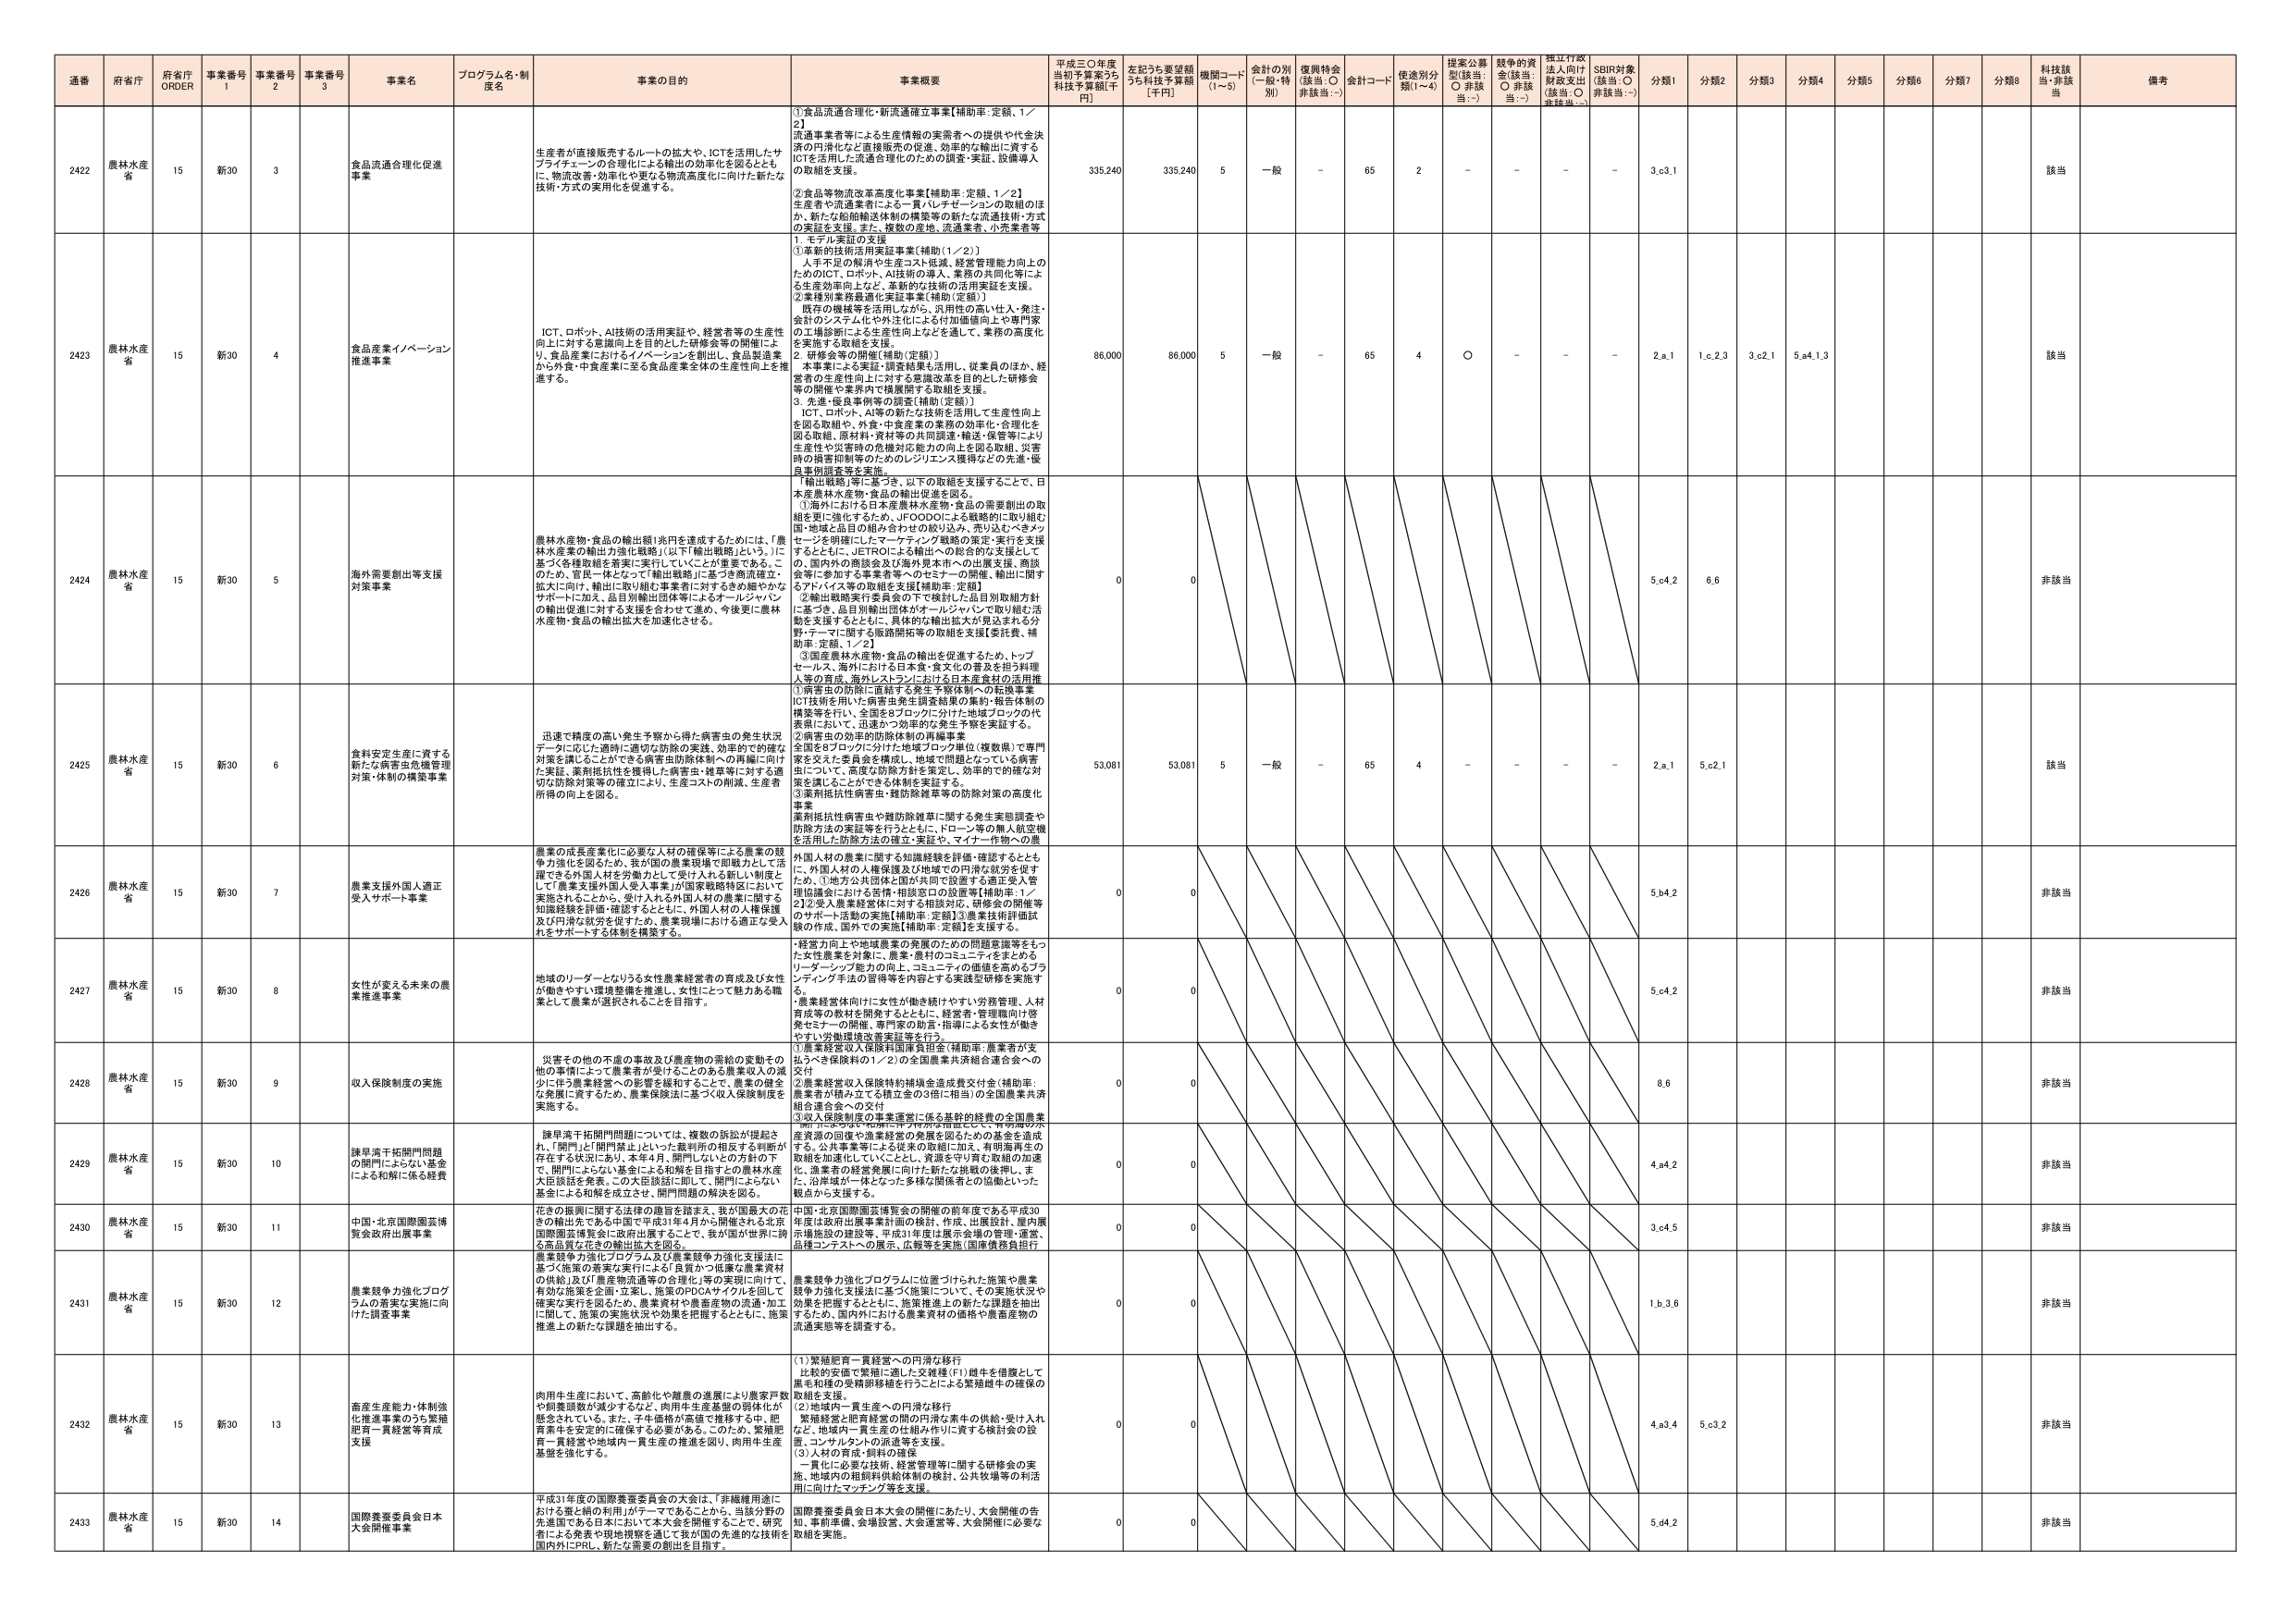
通番 府省庁 府省庁 ORDER 事業番号 1 事業番号 2 事業番号 3 事業名 プログラム名・制度名 事業の目的 事業概要 平成三〇年度当初予算案うち 科技予算額[千円] 左記うち要望額うち科技予算額 [千円] 機関コード (1～5) 会計の別 (一般・特別) 復興特会 (該当：○ 非該当：-) 会計コード 使途別分類(1～4) 提案公募型(該当：○ 非該当：-) 競争的資金(該当：○ 非該当：-) 独立行政法人向け財政支出(該当：○ 非該当：-) SDBR対象(該当：○ 非該当：-) 分類1 分類2 分類3 分類4 分類5 分類6 分類7 分類8 科技該当 非該当 備考

2422 農林水産省 15 新30 3 食品流通合理化促進事業 生産者が直接販売するルートの拡大や、ICTを活用したサプライチェーンの合理化による輸出の効率化を図るとともに、物流改革・効率化や更なる物流高度化に向けた新たな技術・方式の実用化を促進する。 ①食品流通合理化・新流通確立事業[補助率：定額、1／2] 流通業者等による生産情報の実需者への提供や代金決済の円滑化など直接販売の促進、効率的な輸出に資するICTを活用した流通合理化のための調査・実証、設備導入の取組を支援。 ②食品等物流改革高度化事業[補助率：定額、1／2] 生産者や流通業者による一貫・ルチェーンの取組のほか、新たな船舶輸送体制の構築等の新たな流通技術・方式の実証を支援。また、複数の産地、流通業者、小売業者等 335,240 335,240 5 一般 - 65 2 - - - - 3.c3.1 該当

2423 農林水産省 15 新30 4 食品産業イノベーション推進事業 ICT、ロボット、AI技術の活用実証や、経営者等の生産性向上に対する意識向上を目的とした研修会等の開催により、食品産業におけるイノベーションを創出し、食品製造業から外食・中食産業に至る食品産業全体の生産性向上を推進する。 1．モデル実証の支援 ①革新的技術活用実証事業[補助(1／2)] 人手不足の解消や生産コスト低減、経営管理能力向上のためのICT、ロボット、AI技術の導入、業務の共同化等による生産効率向上など、革新的な技術の活用実証を支援。 ②業種別業務最適化実証事業[補助(定額)] 既存の機械等を活用しながら、汎用性の高い仕入・発注・会計のシステム化や外注化による付加価値向上や専門家の工場診断による生産性向上などを通して、業務の高度化を実施する取組を支援。 2．研修会等の開催[補助(定額)] 本事業による実証・調査結果を活用し、従業員のほか、経営者の生産性向上に対する意識改革を目的とした研修会等の開催や業界内で横展開する取組を支援。 3．先進・優良事例等の調査[補助(定額)] ICT、ロボット、AI等の新たな技術を活用して生産性向上を図る取組や、外食・中食産業の業務の効率化・合理化を図る取組、原材料・資材等の共同調達・輸送・保管等により生産性や災害時の危機対応能力の向上を図る取組、災害時の損害抑制等のためのレジリエンス獲得などの先進・優良事例調査等を実施。 86,000 86,000 5 一般 - 65 4 ○ - - - 2.a.1 1.c.2.3 3.c.2.1 5.a4.1.3 該当

2424 農林水産省 15 新30 5 海外需要創出等支援対策事業 農林水産物・食品の輸出額1兆円を達成するためには、「農林水産業の輸出力強化戦略」（以下「輸出戦略」という。）に基づく各種取組を着実に実行していくことが重要である。このため、官民一体となって「輸出戦略」に基づき商流確立・拡大に向け、輸出に取り組む事業者に対するきめ細やかなサポートに加え、品目別輸出団体等によるオールジャパンの輸出促進に対する支援を合わせて進め、今後更に農林水産物・食品の輸出拡大を加速させる。 「輸出戦略」等に基づき、以下の取組を支援することで、日本産農林水産物・食品の輸出促進を図る。 ①海外における日本産農林水産物・食品の需要創出の取組を更に強化するため、UFOODOによる戦略的に取り組む国・地域と品目の組み合わせの絞り込み、売り込むべきメッセージを明確にしたマーケティング戦略の策定・実行を支援するとともに、JETROによる輸出への総合的な支援としての、国内外の商談会及び海外見本市への出展支援、商談会等に参加する事業者等へのセミナーの開催、輸出に関するアドバイス等の取組を支援[補助率：定額] ②輸出戦略実行委員会の下で検討した品目別取組方針に基づき、品目別輸出団体がオールジャパンで取り組む活動を支援するとともに、具体的な輸出拡大が見込まれる分野・テーマに関する販路開拓等の取組を支援[委託費、補助率：定額、1／2] ③国産農林水産物・食品の輸出を促進するため、トップセールス、海外における日本食・食文化の普及を担う料理人等の育成、海外レストランにおける日本産食材の活用推 0 0 5.0.4.2 6.6 非該当

2425 農林水産省 15 新30 6 食料安定生産に資する新たな病害虫危機管理対策・体制の構築事業 迅速で精度の高い発生予察から得た病害虫の発生状況データに応じた適時に適切な防除の実践、効率的で的確な対策を講じることができる病害虫防除体制への再編に向けた実証、薬剤抵抗性を獲得した病害虫・雑草等に対する適切な防除対策等の確立により、生産コストの削減、生産者所得の向上を図る。 ①病害虫の防除に直結する発生予察体制への転換事業 ICT技術を用いた病害虫発生調査結果の集約・報告体制の構築等を行い、全国を8ブロックに分けた地域ブロックの代表等において、迅速かつ効率的な発生予察を実証する。 ②病害虫の効率的防除体制の再編事業 全国を8ブロックに分けた地域ブロック単位（複数県）で専門家を交えた委員会を構成し、地域で問題となっている病害虫について、高度な防除方針を策定し、効率的で的確な対策を講じることができる体制を実証する。 ③薬剤抵抗性病害虫・雑防除雑草等の防除対策の高度化事業 薬剤抵抗性病害虫や雑防除雑草に関する発生実態調査や防除方法の実証等を行うとともに、ドローン等の無人航空機を活用した防除方法の確立・実証や、マイナー作物への薬 53,081 53,081 5 一般 - 65 4 - - - - 2.a.1 5.c2.1 該当

2426 農林水産省 15 新30 7 農業支援外国人適正受入サポート事業 農業の成長産業化に必要な人材の確保等による農業の競争力強化を図るため、我が国の農業現場で即戦力として活躍できる外国人材を労働力として受け入れる新しい制度として「農業支援外国人受入事業」が国家戦略特区において実施されることから、受け入れる外国人材の農業に関する知識経験を評価・確認するとともに、外国人材の人権保護及び円滑な就労を促すため、農業現場における適正な受入れをサポートする体制を構築する。 外国人材の農業に関する知識経験を評価・確認するとともに、外国人材の人権保護及び地域での円滑な就労を促すため、①地方公共団体と国が共同で設置する適正受入管理協議会における苦情・相談窓口の設置等[補助率：1／2]②受入農業経営者に対する相談対応、研修会の開催等のサポート活動の実施[補助率：定額]③農業技術評価試験の作成、国への提案[補助率：定額]を支援する。 0 0 5.b4.2 非該当

2427 農林水産省 15 新30 8 女性が変わる未来の農業推進事業 地域のリーダーとなりうる女性農業経営者の育成及び女性が働きやすい環境整備を推進し、女性にとって魅力ある職業として農業が選択されることを目指す。 「経営力向上や地域農業の発展のための問題意識等をもった女性農業者を対象に、農業・農村のコミュニティをまとめるリーダーシップ能力の向上、コミュニティの価値を高めるブランディング手法の習得等を内容とする実践型研修を実施する。 農業経営体向けに女性が働き続けやすい労務管理、人材育成等の教材を開発するとともに、経営者・管理職向け啓発セミナーの開催、専門家の助言・指導による女性が働きやすい労働環境改善実証等を行う。 0 0 5.c4.2 非該当

2428 農林水産省 15 新30 9 収入保険制度の実施 災害その他の不慮の事故及び農産物の需給の変動その他の事情によって農業者が受けとることのある農業収入の減少に伴う農業経営への影響を緩和することで、農業の健全な発展に資するため、農業保険法に基づく収入保険制度を実施する。 ①農業経営収入保険料国庫負担金（補助率：農業者が支払うべき保険料の1／2）の全国農業共済組合連合会への交付 ②農業経営収入保険特約補填金造成費交付金（補助率：農業者が積み立てる積立金の3倍に相当）の全国農業共済組合連合会への交付 ③収入保険制度の事業運営に係る基幹的経費の全国農業 0 0 8.6 非該当

2429 農林水産省 15 新30 10 諫早湾干拓閉門問題の関門にさらない基金による和解に係る経費 諫早湾干拓閉門問題については、複数の訴訟が提起され、「閉門」と「開門禁止」といった裁判所の相反する判断が存在する状況にあり、本年4月、閉門しないとの方針の下で、閉門によらない基金による和解を目指すとの農林水産大臣談話を発表。この大臣談話に即して、閉門にさらない基金による和解を成立させ、閉門問題の解決を図る。 「閉門にさらない基金」に伴う特別な措置として、特別の水産資源の回復や漁業経営の発展を図るための基金を造成する。公共事業等による従来の取組に加え、有明海再生の取組を加速化していくことと、資源を守り育む取組の加速化、漁業者の経営発展に向けた新たな挑戦の後押し、また、沿岸域が一体となった多様な関係者の協働といった観点から支援する。 0 0 4.a4.2 非該当

2430 農林水産省 15 新30 11 中国・北京国際園芸博覧会政府出展事業 花きの振興に関する法律の趣旨を踏まえ、我が国最大の花きの輸出先である中国が1年4月から開催される北京国際園芸博覧会に政府出展することで、我が国が世界に誇る高品質な花きの輸出拡大を図る。 中国・北京国際園芸博覧会の開催の前年度である平成30年度は政府出展事業計画の検討、作成、出展設計、屋内展示場施設の建設等、平成31年度は展示会場の管理・運営、品種コンテストへの展示、広報等を実施（国庫債務負担行 0 0 3.c4.5 非該当

2431 農林水産省 15 新30 12 農業競争力強化プログラムの着実な実施に向けた調査事業 農業競争力強化プログラム及び農業競争力強化支援法に基づく施策の着実な実行による「良質かつ低廉な農業資材の供給」及び「農産物流通等の合理化」等の実現に向けて、有効な施策を企画・立案し、施策のPDCAサイクルを回して確実な実行を図るため、農業資材や農畜産物の流通・加工に関して、施策の実施状況や効果を把握するとともに、施策推進上の新たな課題を抽出する。 農業競争力強化プログラムに位置づけられた施策や農業競争力強化支援法に基づく施策について、その実施状況や効果を把握するとともに、施策推進上の新たな課題を抽出するため、国内外における農業資材の価格や農畜産物の流通実態等を調査する。 0 0 1.b.3.6 非該当

2432 農林水産省 15 新30 13 畜産生産能力・体制強化推進事業のうち繁殖肥育一貫経営等再設支援 肉用牛生産において、高齢化や離農の進展により農家戸数や飼養頭数が減少するなど、肉用牛生産基盤の弱体化が懸念されている。また、子牛価格が高価で推移する中、肥育業者を安定的に確保する必要がある。このため、繁殖肥育一貫経営や地域内一貫生産の推進を図り、肉用牛生産基盤を強化する。 （1）繁殖肥育一貫経営への円滑な移行 比較的安価で繁殖に適した交雑種（F1）雄牛を供給して農業者と種の繁殖移転を行うことによる繁殖雄牛の確保の取組を支援。 （2）地域内一貫生産への円滑な移行 繁殖経営と肥育経営の間の円滑な素牛の供給・受け入れなど、地域内一貫生産の仕組み作りに資する検討会の設置、コンサルタントの派遣等を支援。 （3）人材の育成・飼料の確保 一貫化に必要な技術、経営管理等に関する研修会の実施、地域内の粗飼料供給体制の検討、公共牧場等の利活用に向けたマッチング等を支援。 0 0 4.a3.4 5.c3.2 非該当

2433 農林水産省 15 新30 14 国際養蚕委員会日本大会開催事業 平成31年度の国際養蚕委員会の大会は、「非繊維用途における蚕と繭の利用」がテーマであることから、当該分野の先進国である日本において本大会を開催することで、研究者による発表や現地視察等を通じて我が国の先進的な技術を国内外にPRし、新たな需要の創出を目指す。 国際養蚕委員会日本大会の開催にあたり、大会開催の告知、事前準備、会場設営、大会運営等、大会開催に必要な取組を実施。 0 0 5.d4.2 非該当